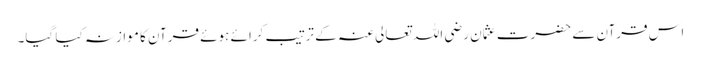
اس قرآن سے حضرت عثمان رضی اللہ تعالی عنہ کے ترتیب کرائے ہوئے قرآن کا موازنہ کیا گیا۔